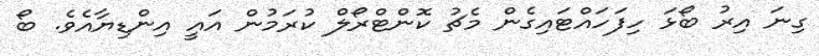
ގިނަ އިރު ބޯޅަ ހިފަހައްޓައިގެން މެޗު ކޮންޓްރޯލް ކުރަމުން އައީ އިންޑިޔާއެވެ. ބޯ